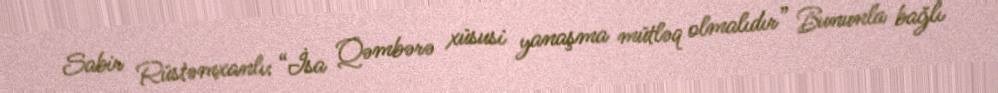
Sabir Rüstəmxanlı: “İsa Qəmbərə xüsusi yanaşma mütləq olmalıdır” Bununla bağlı